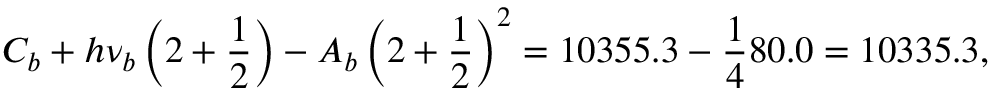
C _ { b } + h \nu _ { b } \left( 2 + \frac { 1 } { 2 } \right) - A _ { b } \left( 2 + \frac { 1 } { 2 } \right) ^ { 2 } = 1 0 3 5 5 . 3 - \frac { 1 } { 4 } 8 0 . 0 = 1 0 3 3 5 . 3 ,